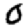
Digit: 0